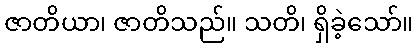
ဇာတိယာ၊ ဇာတိသည်။ သတိ၊ ရှိခဲ့သော်။